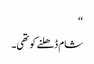
‘‘
شام ڈھلنے کو تھی۔